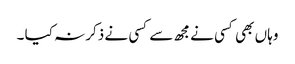
وہا ں بھی کسی نے مجھ سے کسی نے ذکر نہ کیا ۔